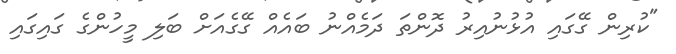
"ކުރިން ގޭގައި އުޅުނުއިރު ދޮންތަ ދަމެއްނު ބައެއް ގޭގެއަށް ބަލި މީހުންގެ ގައިގައި